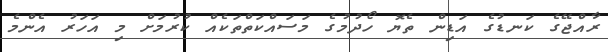
ރާއްޖޭގެ ކަނޑުގެ އަޑިން ތެޔޮ ހޯދުމުގެ މަސައްކަތްތަކެއް ކުރުމަށް މި އަހަރު އެންމެ